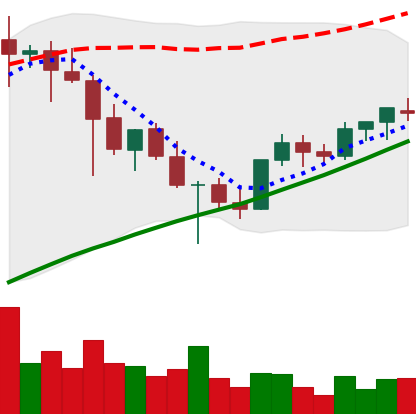
Ticker: XLM-USD
Chart end date: 2021-05-03
Forward return: 11.665%
Label: up_7plus